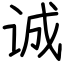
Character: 诚